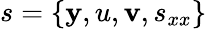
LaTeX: s=\{ \mathbf{y},u,\mathbf{v},s_{xx}\}